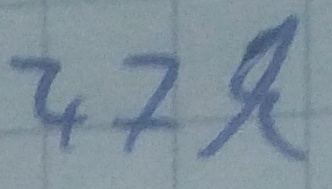
Text: 47k